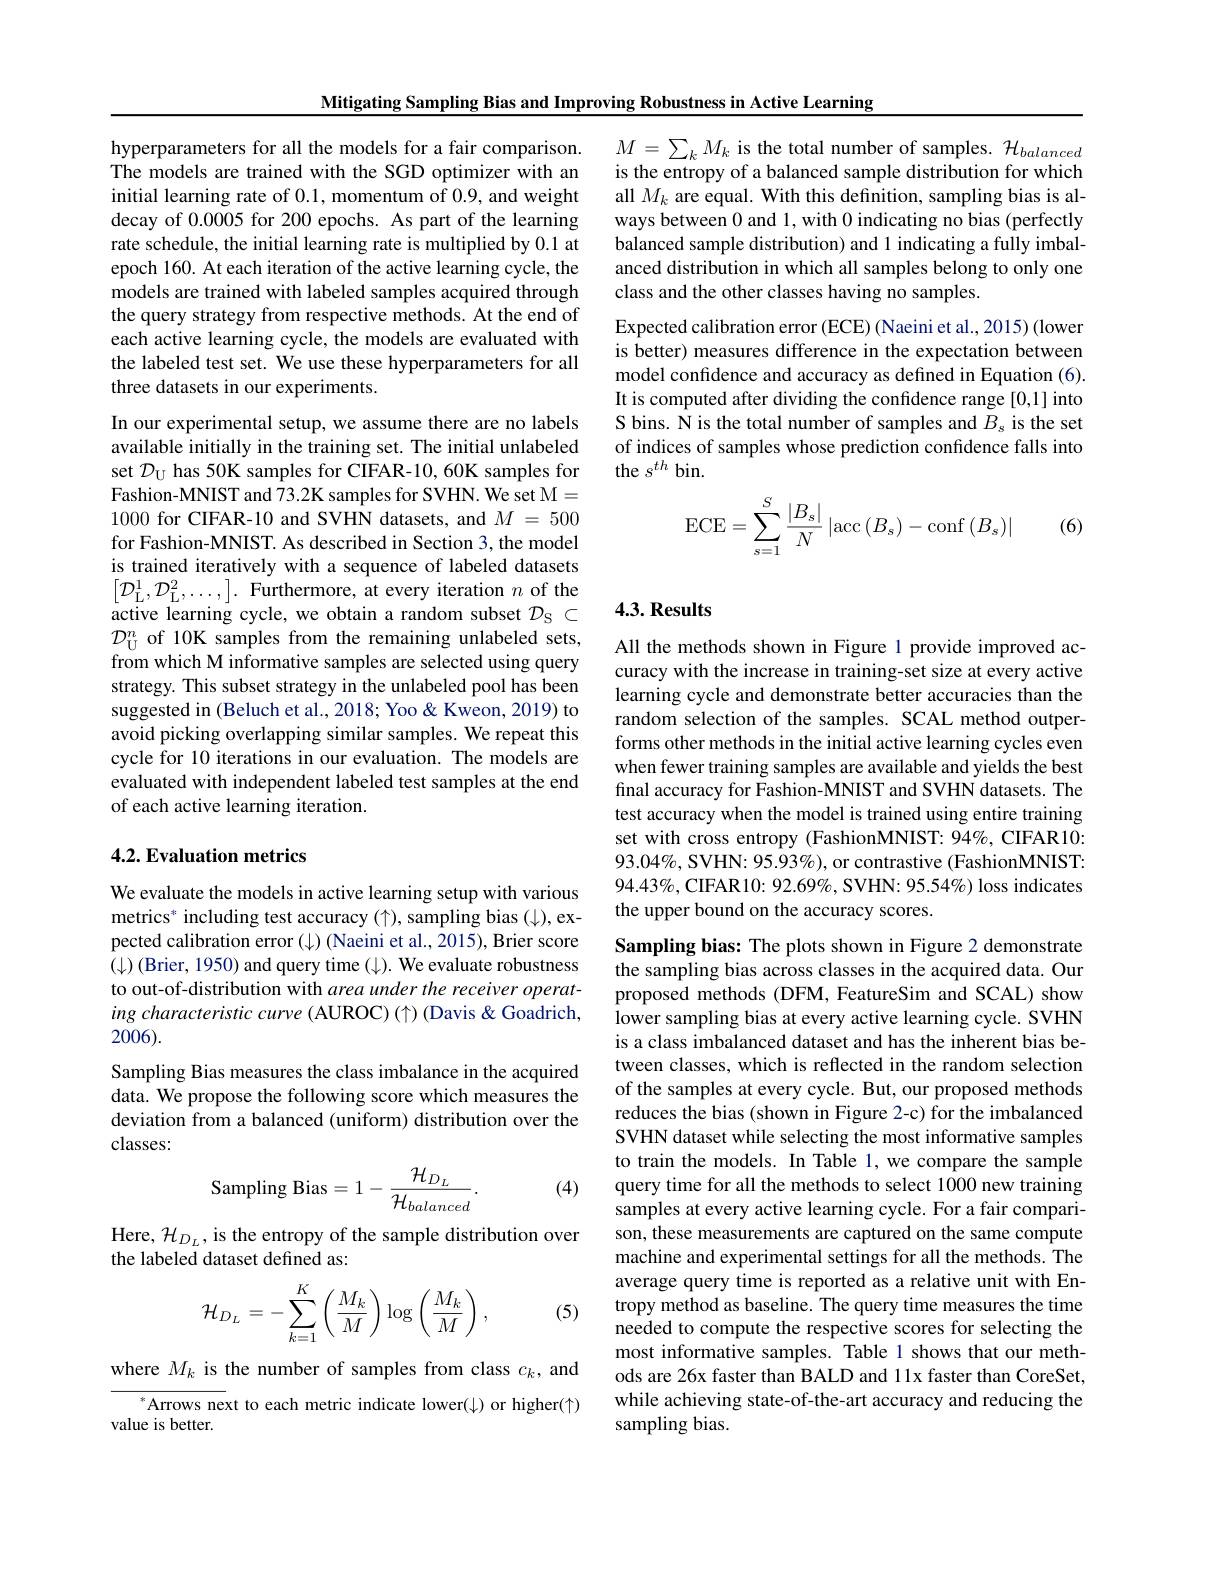
Mitigating Sampling Bias and Improving Robustness in Active Learning

hyperparameters for all the models for a fair comparison. The models are trained with the SGD optimizer with an initial learning rate of 0.1, momentum of 0.9, and weight decay of 0.0005 for 200 epochs. As part of the learning rate schedule, the initial learning rate is multiplied by 0.1 at epoch 160. At each iteration of the active learning cycle, the models are trained with labeled samples acquired through the query strategy from respective methods. At the end of each active learning cycle, the models are evaluated with the labeled test set. We use these hyperparameters for all three datasets in our experiments.

In our experimental setup, we assume there are no labels available initially in the training set. The initial unlabeled set $\mathcal{D}_{\mathrm{U}}$ has 50K samples for CIFAR-10, 60K samples for Fashion-MNIST and 73.2K samples for SVHN. We set M= 1000 for CIFAR-10 and SVHN datasets, and $M=500$ for Fashion-MNIST. As described in Section 3, the model is trained iteratively with a sequence of labeled datasets $\left[{\mathcal D}_{\mathrm{L}}^{1},{\mathcal D}_{\mathrm{L}}^{2},\ldots,\right].$ Furthermore, at every iteration $n$ of the active learning cycle, we obtain a random subset $\mathcal{D}_\mathrm{S}\subset$ $\mathcal{D}_{\mathrm{U}}^{n}$ of 10K samples from the remaining unlabeled sets, from which M informative samples are selected using query strategy. This subset strategy in the unlabeled pool has been suggested in (Beluch et al., 2018; Yoo &Kweon, 2019) to avoid picking overlapping similar samples. We repeat this cycle for 10 iterations in our evaluation. The models are evaluated with independent labeled test samples at the end of each active learning iteration.

## 4.2. Evaluation metrics

We evaluate the models in active learning setup with various $metrics^* including test accuracy (\uparrow), sampling bias (\downarrow), ex-$ pected calibration error $(\downarrow)$ (Naeini et al., 2015), Brier score $(\downarrow)$ (Brier, 1950) and query time ($\downarrow).$ We evaluate robustness to out-of-distribution with area under the receiver operating characteristic curve (AUROC) (1) (Davis &Goadrich, 2006).
Sampling Bias measures the class imbalance in the acquired data. We propose the following score which measures the deviation from a balanced (uniform) distribution over the classes:

(4)
$$\text{Sampling Bias}=1-\frac{\mathcal{H}_{D_{L}}}{\mathcal{H}_{balanced}}.$$
Here, $\mathcal{H}_{D_{L}}$, is the entropy of the sample distribution over
the labeled dataset defined as:

(5)
$$\mathcal{H}_{D_L}=-\sum_{k=1}^K\left(\frac{M_k}{M}\right)\log\left(\frac{M_k}{M}\right),$$
where $M_k$ is the number of samples from class $c_k$, and
$^*$Arrows next to each metric indicate lower(/) or higher(个)
value is better.

$M=\sum_kM_k$ is the total number of samples. $\mathcal{H}_balanced$ is the entropy of a balanced sample distribution for which all $M_k$ are equal. With this definition, sampling bias is always between 0 and 1, with 0 indicating no bias (perfectly balanced sample distribution) and 1 indicating a fully imbalanced distribution in which all samples belong to only one class and the other classes having no samples.
Expected calibration error (ECE) (Naeini et al., 2015) (lower is better) measures difference in the expectation between model confidence and accuracy as defined in Equation (6). It is computed after dividing the confidence range [0,1] into S bins. N is the total number of samples and $B_{\mathrm{s}}$ is the set of indices of samples whose prediction confidence falls into the $s^{th}$ bin.
$$\mathrm{ECE}=\sum\limits_{s=1}^{S}\frac{|B_{s}|}{N}\left|\mathrm{acc}\left(B_{s}\right)-\mathrm{conf}\left(B_{s}\right)\right|$$
(6)

## $4. 3. \textbf{Results}$

All the methods shown in Figure 1 provide improved accuracy with the increase in training-set size at every active learning cycle and demonstrate better accuracies than the random selection of the samples. SCAL method outperforms other methods in the initial active learning cycles even when fewer training samples are available and yields the best final accuracy for Fashion-MNIST and SVHN datasets. The test accuracy when the model is trained using entire training set with cross entropy (FashionMNIST: 94%, CIFAR10: $93.04\%$, SVHN: 95.93%), or contrastive (FashionMNIST: $94.43\%$,CIFAR10: 92.69%, SVHN: 95.54%) loss indicates the upper bound on the accuracy scores.

Sampling bias: The plots shown in Figure 2 demonstrate the sampling bias across classes in the acquired data. Our proposed methods (DFM, FeatureSim and SCAL) show lower sampling bias at every active learning cycle. SVHN is a class imbalanced dataset and has the inherent bias between classes, which is reflected in the random selection of the samples at every cycle. But, our proposed methods reduces the bias (shown in Figure 2-c) for the imbalanced SVHN dataset while selecting the most informative samples to train the models. In Table 1, we compare the sample query time for all the methods to select 1000 new training samples at every active learning cycle. For a fair comparison, these measurements are captured on the same compute machine and experimental settings for all the methods. The average query time is reported as a relative unit with Entropy method as baseline. The query time measures the time needed to compute the respective scores for selecting the most informative samples. Table 1 shows that our methods are 26x faster than BALD and 11x faster than CoreSet, while achieving state-of-the-art accuracy and reducing the sampling bias.